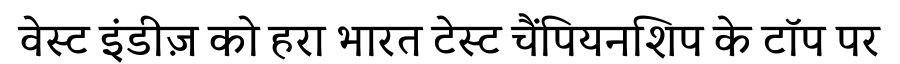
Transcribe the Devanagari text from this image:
वेस्ट इंडीज़ को हरा भारत टेस्ट चैंपियनशिप के टॉप पर